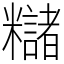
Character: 䊰